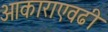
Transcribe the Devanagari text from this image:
आकाराएवढी